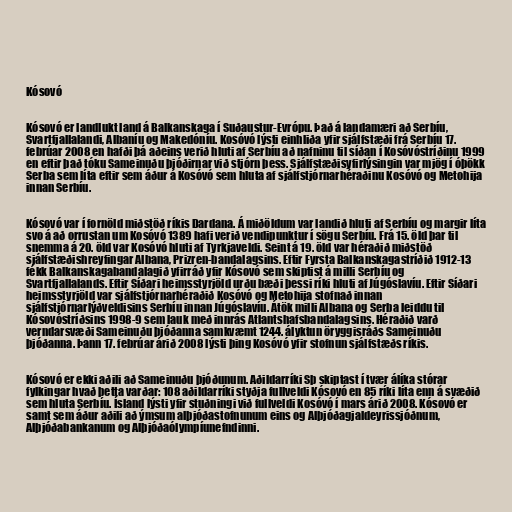
Kósovó

Kósovó er landlukt land á Balkanskaga í Suðaustur-Evrópu. Það á landamæri að Serbíu,
Svartfjallalandi, Albaníu og Makedóníu. Kosóvó lýsti einhliða yfir sjálfstæði frá Serbíu 17.
febrúar 2008 en hafði þá aðeins verið hluti af Serbíu að nafninu til síðan í Kosóvóstríðinu 1999
en eftir það tóku Sameinuðu þjóðirnar við stjórn þess. Sjálfstæðisyfirlýsingin var mjög í óþökk
Serba sem líta eftir sem áður á Kosóvó sem hluta af sjálfstjórnarhéraðinu Kosóvó og Metohija
innan Serbíu.

Kósovó var í fornöld miðstöð ríkis Dardana. Á miðöldum var landið hluti af Serbíu og margir líta
svo á að orrustan um Kosóvó 1389 hafi verið vendipunktur í sögu Serbíu. Frá 15. öld þar til
snemma á 20. öld var Kosóvó hluti af Tyrkjaveldi. Seint á 19. öld var héraðið miðstöð
sjálfstæðishreyfingar Albana, Prizren-bandalagsins. Eftir Fyrsta Balkanskagastríðið 1912-13
fékk Balkanskagabandalagið yfirráð yfir Kósovó sem skiptist á milli Serbíu og
Svartfjallalands. Eftir Síðari heimsstyrjöld urðu bæði þessi ríki hluti af Júgóslavíu. Eftir Síðari
heimsstyrjöld var sjálfstjórnarhéraðið Kosóvó og Metohija stofnað innan
sjálfstjórnarlýðveldisins Serbíu innan Júgóslavíu. Átök milli Albana og Serba leiddu til
Kósovóstríðsins 1998-9 sem lauk með innrás Atlantshafsbandalagsins. Héraðið varð
verndarsvæði Sameinuðu þjóðanna samkvæmt 1244. ályktun öryggisráðs Sameinuðu
þjóðanna. Þann 17. febrúar árið 2008 lýsti þing Kosóvó yfir stofnun sjálfstæðs ríkis.

Kósovó er ekki aðili að Sameinuðu þjóðunum. Aðildarríki Sþ skiptast í tvær álíka stórar
fylkingar hvað þetta varðar: 108 aðildarríki styðja fullveldi Kósovó en 85 ríki líta enn á svæðið
sem hluta Serbíu. Ísland lýsti yfir stuðningi við fullveldi Kosóvó í mars árið 2008. Kósovó er
samt sem áður aðili að ýmsum alþjóðastofnunum eins og Alþjóðagjaldeyrissjóðnum,
Alþjóðabankanum og Alþjóðaólympíunefndinni.